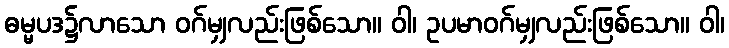
ဓမ္မပဒ၌လာသော ဝဂ်မျှလည်းဖြစ်သော။ ဝါ၊ ဥပမာဝဂ်မျှလည်းဖြစ်သော။ ဝါ၊